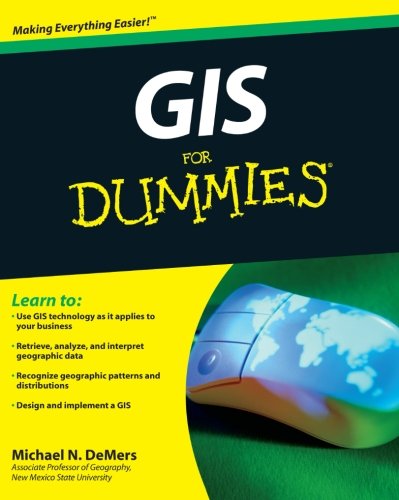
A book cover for GIS For Dummies; Michael N. DeMers; Engineering & Transportation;